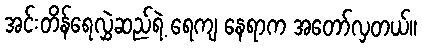
အင်းတိန်ရေလွှဲဆည်ရဲ့ ရေကျ နေရာက အတော်လှတယ်။